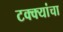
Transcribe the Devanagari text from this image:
टक्क्यांचा